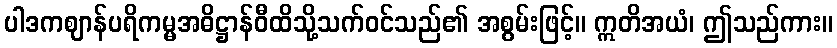
ပါဒကဈာန်ပရိကမ္မအဓိဋ္ဌာန်ဝီထိသို့သက်ဝင်သည်၏ အစွမ်းဖြင့်။ ဣတိအယံ၊ ဤသည်ကား။